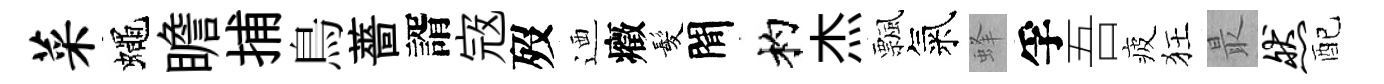
菜蠅瞻捕鳥薔諝𡨥歿迺癥髪閒杓杰飄氣蜂孚吾疲狂最然配